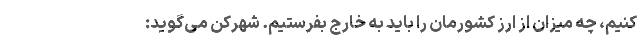
کنیم، چه میزان از ارز کشورمان را باید به خارج بفرستیم. شهرکن می‌گوید: